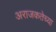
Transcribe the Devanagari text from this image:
अराजकतेच्या